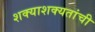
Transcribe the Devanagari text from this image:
शक्याशक्यतांची